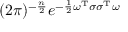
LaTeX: ( 2 \pi ) ^ { - { \frac { n } { 2 } } } e ^ { - { \frac { 1 } { 2 } } { \boldsymbol { \omega } } ^ { \mathrm { T } } { \boldsymbol { \sigma } } { \boldsymbol { \sigma } } ^ { \mathrm { T } } { \boldsymbol { \omega } } }